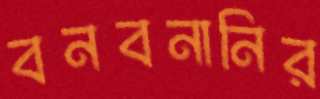
বনবনানির